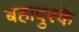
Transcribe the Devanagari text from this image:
बहादुरके